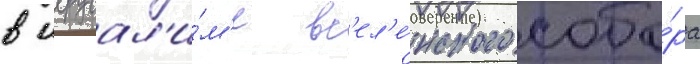
в иерусал'и́м'е вс'ел'е́нского собо́ра